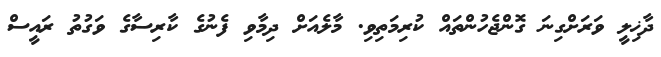
ދާޚިލީ ވަރަށްގިނަ ގޮންޖެހުންތައް ކުރިމަތިވި. މާލެއަށް ދިމާވި ފެނުގެ ކާރިސާގެ ވަގުތު ރައީސް